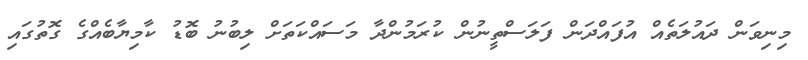
މިނިވަން ދައުލަތެއް އުފައްދަން ފަލަސްތީނުން ކުރަމުންދާ މަސައްކަތަށް ލިބުނު ބޮޑު ކާމިޔާބެއްގެ ގޮތުގައި